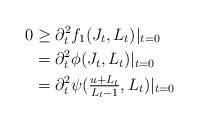
LaTeX: \begin{align*}0&\ge \partial_t^2f_1(J_t,L_t)|_{t=0}\\&=\partial_t^2\phi(J_t,L_t)|_{t=0}\\&=\partial_t^2\psi(\tfrac{u+L_t}{L_t-1},L_t)|_{t=0}\end{align*}